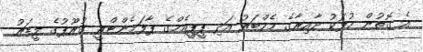
އެ ގޮތުން މުލަކު ދާއިރާގެ މެމްބަރު އަދި ޕީޕީއެމްގެ ޕާލަމެންޓްރީ ގުރޫޕުގެ ލީޑަރު